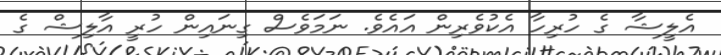
އެލީޝާ ގެ ހުރިހާ އެކުވެރިން އައެވެ. ނަމަވެސް ގިނައިން ހުރީ އާލިޝް ގެ